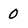
Character: 0